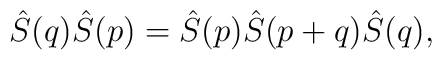
\hat S (q) \hat S (p) = \hat S (p) \hat S (p+q) \hat S (q)  ,